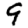
Digit: 9